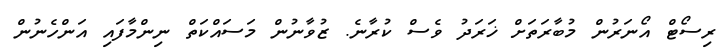
ރިސޯޓް އޯނަރުން މުބާރަތަށް ޚަރަދު ވެސް ކުރާނެ. ޒުވާނުން މަސައްކަތް ނިންމާފައި އަންހެނުން